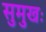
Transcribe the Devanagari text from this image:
सुमुखः